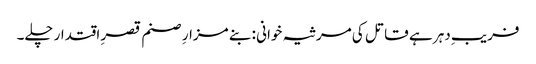
فریبِ دہر ہے قاتل کی مرثیہ خوانی : بنے مزارِ صنم قصرِ اقتدار چلے۔